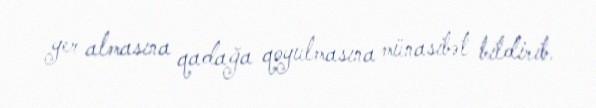
yer almasına qadağa qoyulmasına münasibət bildirib.